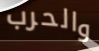
والحرب